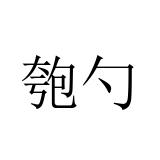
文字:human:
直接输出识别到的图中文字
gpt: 匏勺